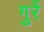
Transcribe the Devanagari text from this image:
गुरें